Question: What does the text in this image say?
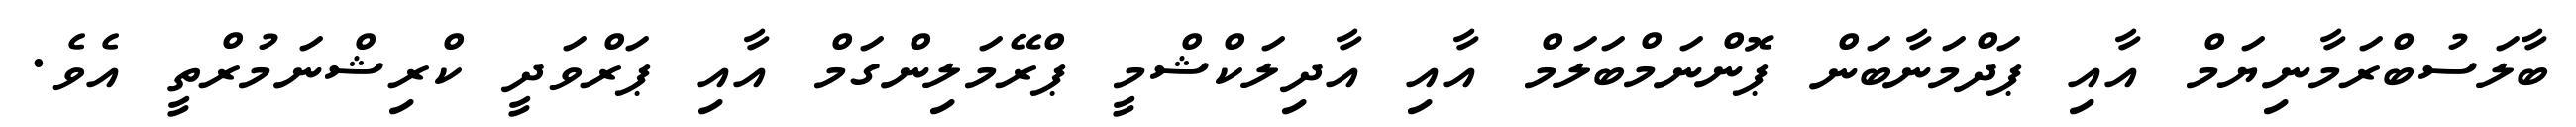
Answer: ބާލަސުބްރަމާނިޔަމް އާއި ޕަދްމަނާބަން ޕޮންނަމްބަލަމް އާއި އާދިލަކްޝްމީ ޕްރޭމަލިންގަމް އާއި ޕަރްވަދީ ކްރިޝްނަމުރްތީ އެވެ.